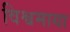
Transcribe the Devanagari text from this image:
विश्वमाया